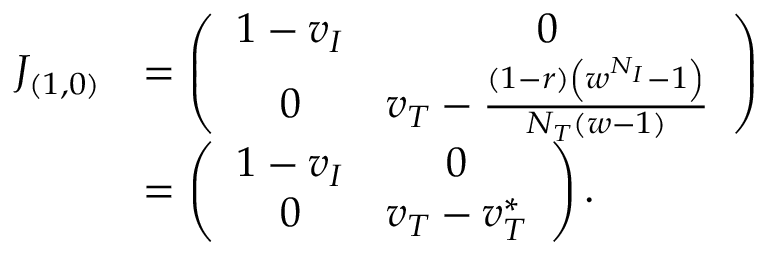
\begin{array} { r l } { J _ { ( 1 , 0 ) } } & { = \left( \begin{array} { c c } { 1 - v _ { I } } & { 0 } \\ { 0 } & { v _ { T } - \frac { ( 1 - r ) \left( w ^ { N _ { I } } - 1 \right) } { N _ { T } ( w - 1 ) } } \end{array} \right) } \\ & { = \left( \begin{array} { c c } { 1 - v _ { I } } & { 0 } \\ { 0 } & { v _ { T } - v _ { T } ^ { * } } \end{array} \right) . } \end{array}